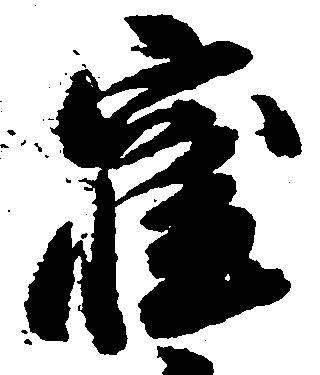
窪